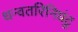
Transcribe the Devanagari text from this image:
धन्वतरिनिघंटु